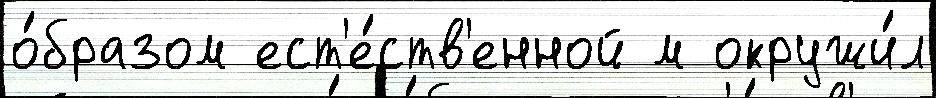
о́бразом ест'е́ств'енной м окружи́л